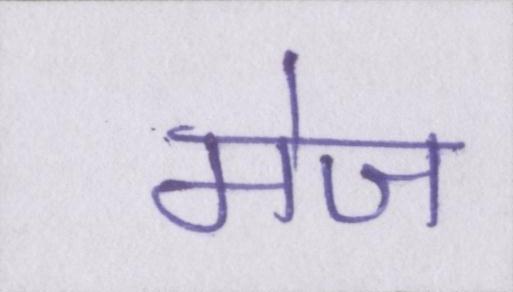
मेज